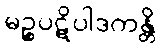
မဉ္စပဋိပါဒကန္တိ